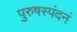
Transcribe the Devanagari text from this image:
पुरुषस्पंदनं